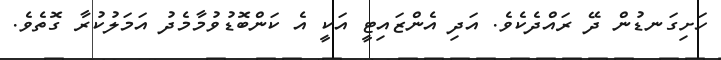
ހަށިގަނޑުން ދޭ ރައްދެކެވެ. އަދި އެންޒައިޓީ އަކީ އެ ކަންބޮޑުވުމާމެދު އަމަލުކުރާ ގޮތެވެ.